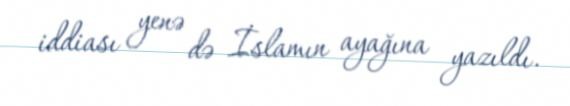
iddiası yenə də İslamın ayağına yazıldı.